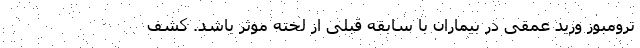
ترومبوز ورید عمقی در بیماران با سابقه قبلی از لخته موثر باشد. کشف